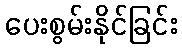
ပေးစွမ်းနိုင်ခြင်း